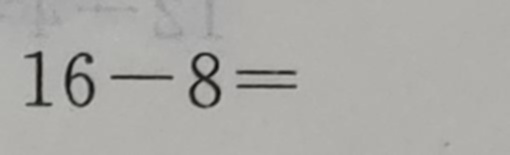
1 6 - 8 =